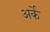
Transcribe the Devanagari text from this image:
अर्के